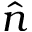
\hat { n }